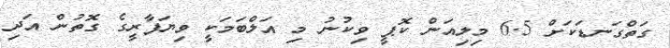
ގަތްގަނޑަކަށް 6.5 މިލިއަން ކޮޕީ ވިކުނު މި އަލްބަމަކީ ވިޔަފާރީގެ ގޮތުން އަދި